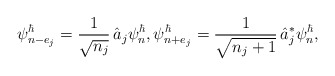
\begin{align*} \psi^{\hbar}_{n - e_{j}} = \frac{1}{\sqrt{n_{j}}}\, \hat{a}_{j} \psi^{\hbar}_{n}, \psi^{\hbar}_{n + e_{j}} = \frac{1}{\sqrt{n_{j} + 1}}\, \hat{a}^{*}_{j} \psi^{\hbar}_{n},\end{align*}